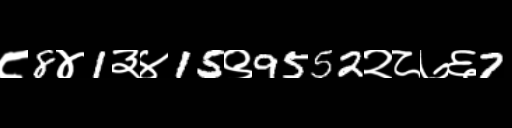
Text: ८8४1३४15९9552२८७६7